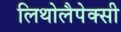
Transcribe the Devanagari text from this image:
लिथोलैपेक्सी